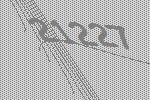
21227